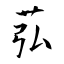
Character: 苰